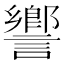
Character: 𧬰